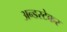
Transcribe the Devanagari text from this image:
अन्डरटेकर